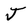
Character: J